Indian journal of veterinary science and animal husbandry - Volumes 22-23, 1952-1953
Year: 1952
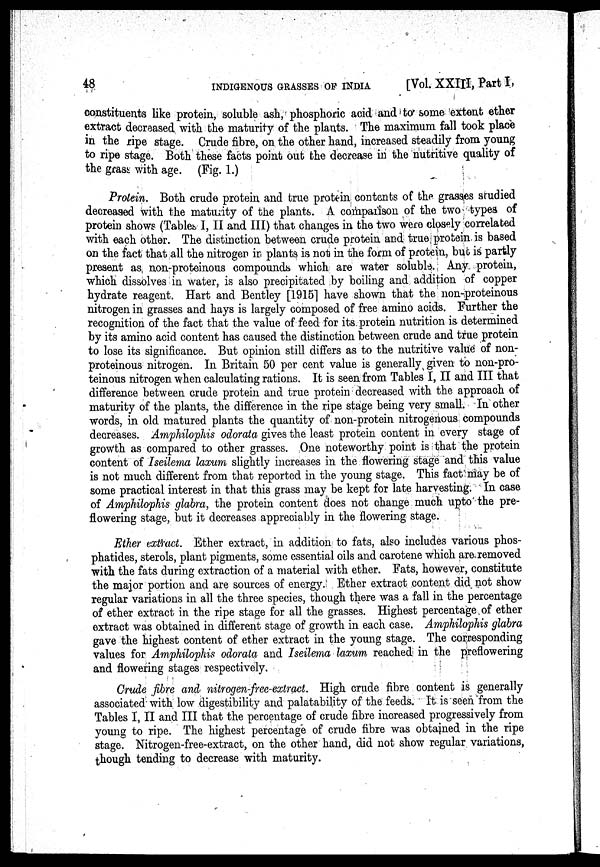
48
INDIGENOUS GRASSES OP INDIA
[Vol. XXIII, Part I,
constituents like protein, soluble ash, phosphoric acid and to some extent ether
extract decreased with the maturity of the plants. The maximum fall took place
in the ripe stage. Crude fibre, on the other hand, increased steadily from young
to ripe stage. Both these facts point out the decrease in the nutritive quality of
the grass with age. (Fig. 1.)
Protein. Both crude protein and true protein contents of the grasses studied
decreased with the maturity of the plants. A comparison of the two types of
protein shows (Tables I, II and III) that changes in the two were closely correlated
with each other. The distinction between crude protein and true protein is based
on the fact that all the nitrogen in plants is not in the form of protein, but is partly
present as, non-proteinous compounds which are water soluble. Any protein,
which dissolves in water, is also precipitated by boiling and addition of copper
hydrate reagent. Hart and Bentley [1915] have shown that the non-proteinous
nitrogen in grasses and hays is largely composed of free amino acids. Further the
recognition of the fact that the value of feed for its protein nutrition is determined
by its amino acid content has caused the distinction between crude and true protein
to lose its significance. But opinion still differs as to the nutritive value of non-
proteinous nitrogen. In Britain 50 per cent value is generally given to non-pro-
teinous nitrogen when calculating rations. It is seen from Tables I, II and III that
difference between crude protein and true protein decreased with the approach of
maturity of the plants, the difference in the ripe stage being very small. In other
words, in old matured plants the quantity of non-protein nitrogenous compounds
decreases. Amphilophis odorata gives the least protein content in every stage of
growth as compared to other grasses. One noteworthy point is that the protein
content of Iseilema laxum slightly increases in the flowering stage and this value
is not much different from that reported in the young stage. This fact may be of
some practical interest in that this grass may be kept for late harvesting. In case
of Amphilophis glabra, the protein content does not change much upto the pre-
flowering stage, but it decreases appreciably in the flowering stage.
Ether extract. Ether extract, in addition to fats, also includes various phos-
phatides, sterols, plant pigments, some essential oils and carotene which are. removed
with the fats during extraction of a material with ether. Fats, however, constitute
the major portion and are sources of energy. Ether extract content did not show
regular variations in all the three species, though there was a fall in the percentage
of ether extract in the ripe stage for all the grasses. Highest percentage of ether
extract was obtained in different stage of growth in each case. Amphilophis glabra
gave the highest content of ether extract in the young stage. The corresponding
values for Amphilophis odorata and Iseilema laxum reached in the preflowering
and flowering stages respectively.
Crude fibre and nitrogen-free-extract. High crude fibre content is generally
associated with low digestibility and palatability of the feeds. It is seen from the
Tables I, II and III that the percentage of crude fibre increased progressively from
young to ripe. The highest percentage of crude fibre was obtained in the ripe
stage. Nitrogen-free-extract, on the other hand, did not show regular variations,
though tending to decrease with maturity.